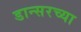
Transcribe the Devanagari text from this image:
डान्सरच्या